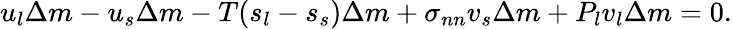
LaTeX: u_{l}\Delta m-u_{s}\Delta m-T(s_{l}-s_{s})\Delta m+\sigma_{nn}v_{s}\Delta m+P_{l}v_{l}\Delta m=0.